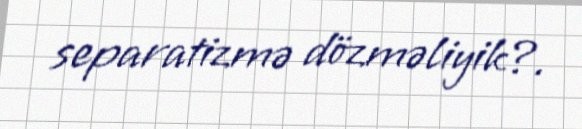
separatizmə dözməliyik?.